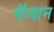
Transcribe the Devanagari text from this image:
मॅन्शन